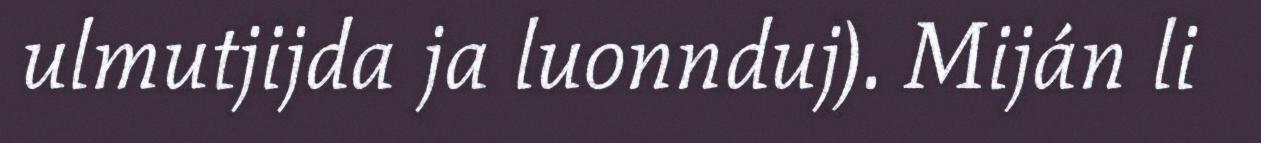
ulmutjijda ja luonnduj). Miján li